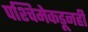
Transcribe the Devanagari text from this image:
पश्चिमेकडूनही